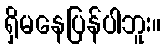
ရှိမနေပြန်ပါဘူး။